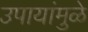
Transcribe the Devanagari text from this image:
उपायांमुळे